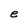
Character: e